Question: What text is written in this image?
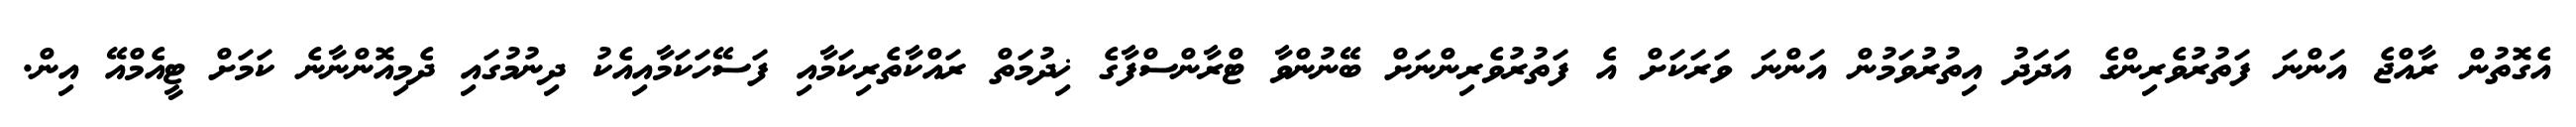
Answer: އެގޮތުން ރާއްޖެ އަންނަ ފަތުރުވެރިންގެ އަދަދު އިތުރުވަމުން އަންނަ ވަރަކަށް އެ ފަތުރުވެރިންނަށް ބޭނުންވާ ޓްރާންސްފާގެ ޚިދުމަތް ރައްކާތެރިކަމާއި ފަސޭހަކަމާއިއެކު ދިނުމުގައި ދެމިއޮންނާނެ ކަމަށް ޓީއެމްއޭ އިން.